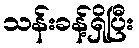
သန်းခန့်ရှိပြီး